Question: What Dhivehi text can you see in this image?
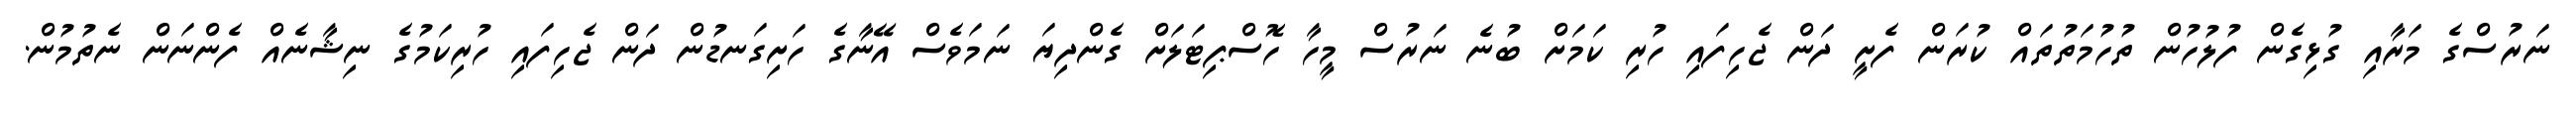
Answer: ނަރުސްގެ މަރާއި ގުޅިގެން ފުލުހުން ތުހުމަތުތައް ކުރަން ފެށީ ދަން ޖެހިފައި ހުރި ކަމަށް ބުނެ ނަރުސް މީހާ ހޮސްޕިޓަލަށް ގެންދިޔަ ނަމަވެސް އޭނާގެ ހަށިގަނޑުން ދަން ޖެހިފައި ހުރިކަމުގެ ނިޝާނެއް ފެންނަން ނެތުމުން.